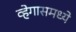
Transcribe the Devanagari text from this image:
व्हेगासमध्ये